Annual report of the Punjab Veterinary College and of the Civil Veterinary Department, Punjab - 1920-1925
Year: 1920
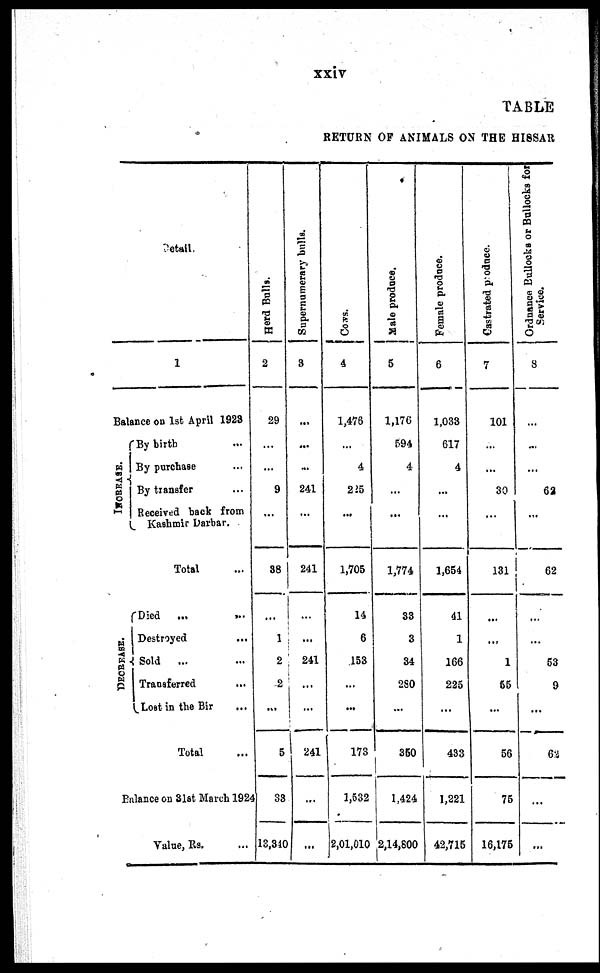
xxiv
TABLE
RETURN OF ANIMALS ON THE HISSAR
Detail.
1
Balance on 1st April 1923
INCERASE
DECREASE.
By birth ...
By purchase
By transfer ...
Received back from
Kashmir Darbar.
Total
Died ...
...
1 Destroyed
Sold ...
J Transferred
Lost in the Bir ...
Total
Balance on 31st March 192
Value, Rs. ...
Herd Balls.
2
29
...
9
...
38
...
1
2
2
...
5
1 33
13.340
Supernumerary bulls.
3
...
...
...
241
...
241
...
...
241
...
...
241
...
...
Cows.
4
1,476
...
4
225
...
1,705
14
6
153
...
...
173
1,532
2,01,010
Male produce.
5
1,176
594
4
...
...
1,774
33
3
34
2S0
...
360
1,424
2,14,800
Female produce.
6
1,033
617
4
...
...
1,654
41
1
166
225
...
433
1,221
42,715
Castrated produce.
7
101
...
...
30
...
131
...
...
1
55
...
56
75
16,175
Ordnance Bullocks or Bullocks for
Service.
8
...
...
...
62
...
62
...
...
53
9
...
62
...
...